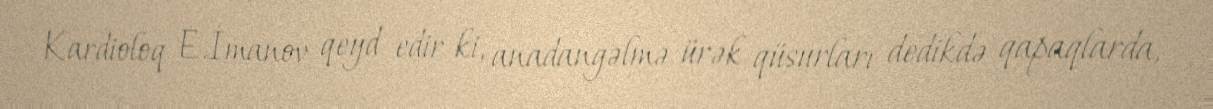
Kardioloq E.İmanov qeyd edir ki, anadangəlmə ürək qüsurları dedikdə qapaqlarda,